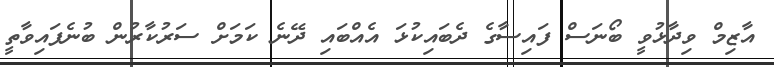
އާޒިމް ވިދާޅުވީ ބޯނަސް ފައިސާގެ ދެބައިކުޅަ އެއްބައި ދޭނެ ކަމަށް ސަރުކާރުން ބުނެފައިވާތީ